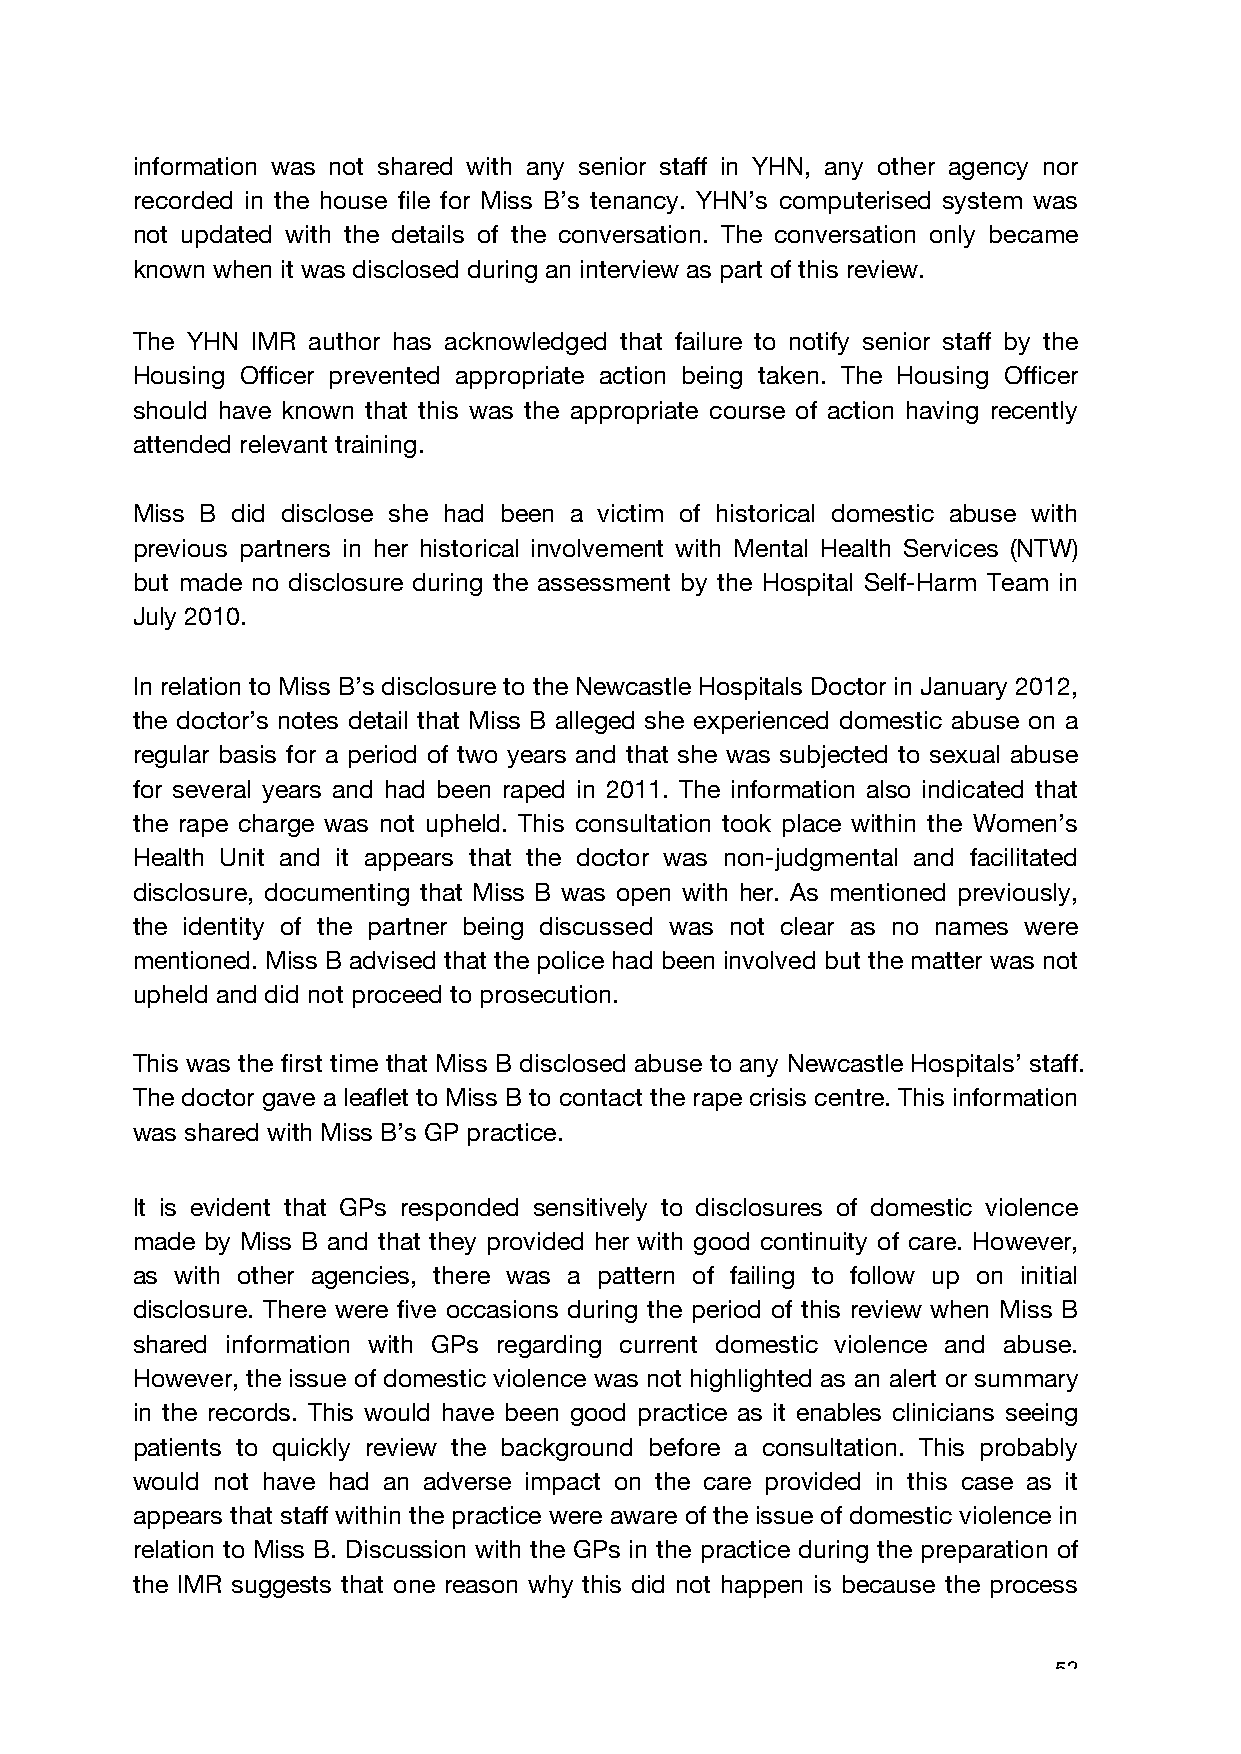
information was not shared with any senior staff in YHN, any other agency nor
 recorded in the house file for Miss B’s tenancy. YHN’s computerised system was
 not updated with the details of the conversation. The conversation only became
 known when it was disclosed during an interview as part of this review.
 The YHN IMR author has acknowledged that failure to notify senior staff by the
 Housing Officer prevented appropriate action being taken. The Housing Officer
 should have known that this was the appropriate course of action having recently
 attended relevant training.
 Miss B did disclose she had been a victim of historical domestic abuse with
 previous partners in her historical involvement with Mental Health Services (NTW)
 but made no disclosure during the assessment by the Hospital Self-Harm Team in
 July 2010.
 In relation to Miss B’s disclosure to the Newcastle Hospitals Doctor in January 2012,
 the doctor’s notes detail that Miss B alleged she experienced domestic abuse on a
 regular basis for a period of two years and that she was subjected to sexual abuse
 for several years and had been raped in 2011. The information also indicated that
 the rape charge was not upheld. This consultation took place within the Women’s
 Health Unit and it appears that the doctor was non-judgmental and facilitated
 disclosure, documenting that Miss B was open with her. As mentioned previously,
 the identity of the partner being discussed was not clear as no names were
 mentioned. Miss B advised that the police had been involved but the matter was not
 upheld and did not proceed to prosecution.
 This was the first time that Miss B disclosed abuse to any Newcastle Hospitals’ staff.
 The doctor gave a leaflet to Miss B to contact the rape crisis centre. This information
 was shared with Miss B’s GP practice.
 It is evident that GPs responded sensitively to disclosures of domestic violence
 made by Miss B and that they provided her with good continuity of care. However,
 as with other agencies, there was a pattern of failing to follow up on initial
 disclosure. There were five occasions during the period of this review when Miss B
 shared information with GPs regarding current domestic violence and abuse.
 However, the issue of domestic violence was not highlighted as an alert or summary
 in the records. This would have been good practice as it enables clinicians seeing
 patients to quickly review the background before a consultation. This probably
 would not have had an adverse impact on the care provided in this case as it
 appears that staff within the practice were aware of the issue of domestic violence in
 relation to Miss B. Discussion with the GPs in the practice during the preparation of
 the IMR suggests that one reason why this did not happen is because the process
 52